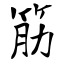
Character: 筋